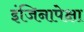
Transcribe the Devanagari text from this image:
इंजिनापेक्षा